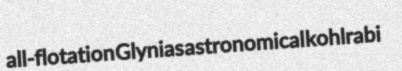
all-flotation Glynias astronomical kohlrabi